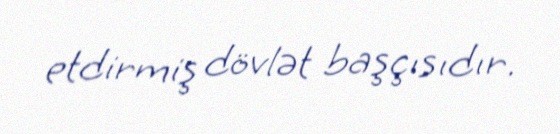
etdirmiş dövlət başçısıdır.